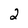
Character: 2